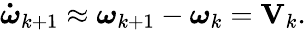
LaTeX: \boldsymbol{\dot{\omega}}_{k+1}\approx\boldsymbol{\omega}_{k+1}-\boldsymbol{\omega}_{k}=\mathbf{V}_{k}.